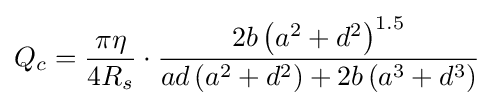
Q_{c}={\frac {\pi \eta }{4R_{s}}}\cdot {\frac {2b\left(a^{2}+d^{2}\right)^{1.5}}{ad\left(a^{2}+d^{2}\right)+2b\left(a^{3}+d^{3}\right)}}